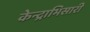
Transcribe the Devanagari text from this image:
केन्द्राभिसारी